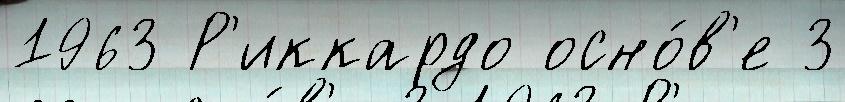
1963 Р'иккардо осно́в'е 3